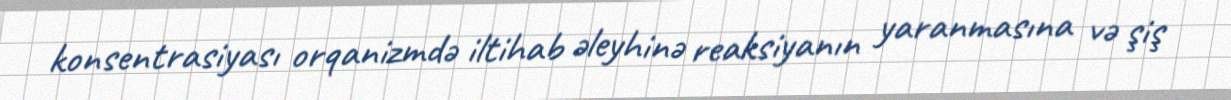
konsentrasiyası orqanizmdə iltihab əleyhinə reaksiyanın yaranmasına və şiş